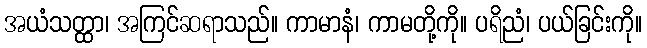
အယံသတ္ထာ၊ အကြင်ဆရာသည်။ ကာမာနံ၊ ကာမတို့ကို။ ပရိညံ၊ ပယ်ခြင်းကို။